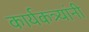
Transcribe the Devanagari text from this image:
कार्यकत्र्यांनी